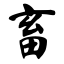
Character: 畜